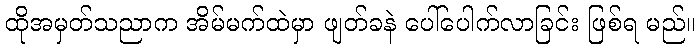
ထိုအမှတ်သညာက အိမ်မက်ထဲမှာ ဖျတ်ခနဲ ပေါ်ပေါက်လာခြင်း ဖြစ်ရ မည်။